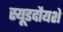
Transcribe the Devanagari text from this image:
स्यूडदौयशे